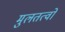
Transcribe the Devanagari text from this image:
मुलतत्वो